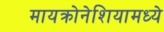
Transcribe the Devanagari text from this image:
मायक्रोनेशियामध्ये